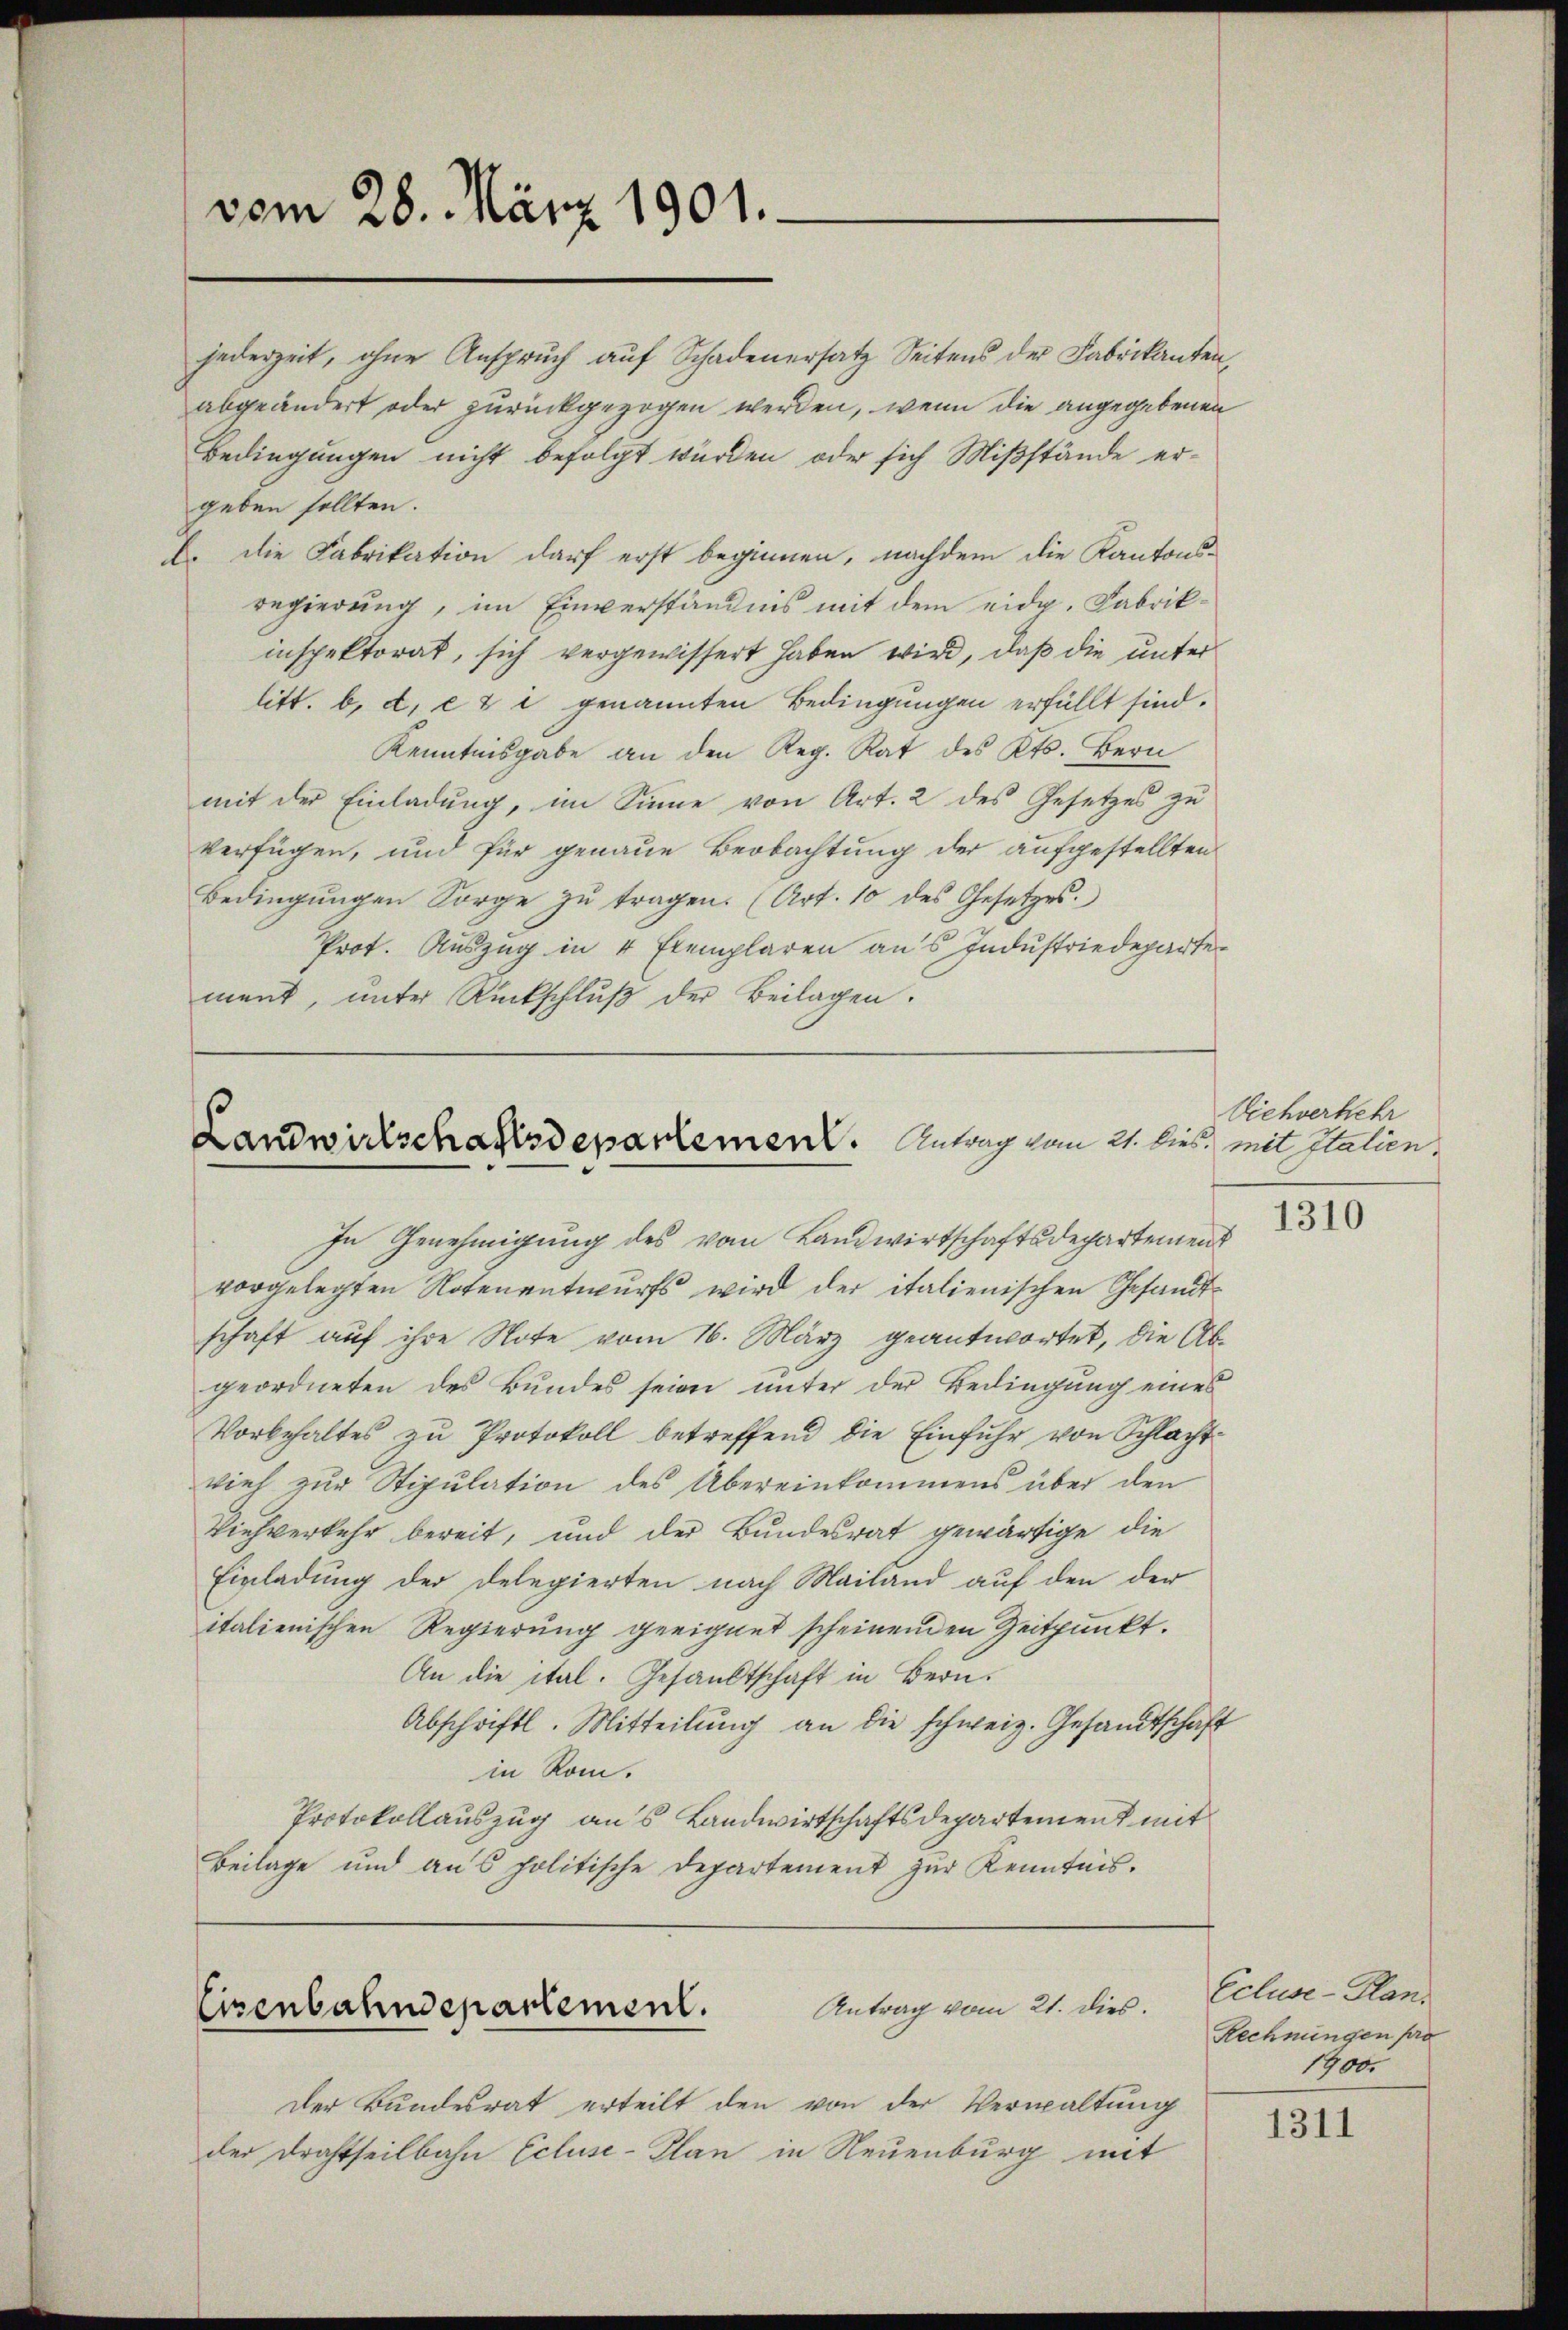
vom 28. März 1901.

jederzeit, ohne Anspruch auf Schadenersatz Seitens der Fabrikanten,
abgeändert oder zurückgezogen werden, wenn die angegebenen
Bedingungen nicht befolgt würden, oder sich Mißstände er-
geben sollten.
b. Die Fabrikation darf erst beginnen, nachdem die Kantons-
regierung, im Einverständnis mit dem eidg. Fabrikinspektorat, sich vergewissert haben wird, daß die unter
litt. b. d. et i genannten Bedingungen erfüllt sind.
Kenntnisgabe an den Reg. Rat des Kts. Bern
mit der Einladung, im Sinne von Art. 2 des Gesetzes zu
verfügen, und für genaue Beobachtung der aufgestellten
Bedingŭngen Sorge zŭ tragen. (Art. 10 des Gesetzes.
Prot. Auszug in 4 Exemplaren aus Industriedepartement, unter Rückschluß der Beilagen.

Landwirtschaftsdepartement. Antrag vom 21. dies mit Italien,
In Genehmigung des vom Landwirtschaftsdepartemen

vorgelegten Notenentwurfs wird der italienischen Gesandt-
schaft auf ihre Note vom 16. März geantwortet, die Abgeordneten des Bundes seien unter der Bedingung eines
Vorbehaltes zu Protokoll betreffend die Einfuhr von Schlachtvieh zur Stipulation des Übereinkommens über den
Viehverkehr bereit, und der Bundesrat gewärtige die
Einladung der Delegierten nach Mailand auf den der
italienischen Regierung geeignet scheinenden Zeitpunkt.
An die ital. Gesandtschaft in Bern.
Abschriftl. Mitteilung an die schweiz. Gesandtschaft
in Rom.
Protokollauszug aus Landwirtschaftsdepartement mit
Beilage und ans politische Departement zur Kenntnis.

Einenbahndepartement. Antrag vom 21. dies

Der Bundesrat erteilt den von der Verwaltung
der Drahtheilbahn Ecluse-Plan in Neuenburg mit

Viehverkehr
1310

Ecluse-Plan.
Rechnungen pa
1900

1311